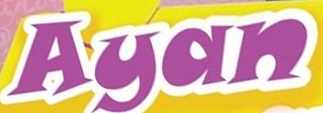
Ayan